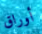
أوراق